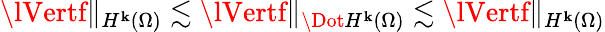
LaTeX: \lVertf\rVert_{H^{\mathbf{k}}(\Omega)}\lesssim\lVertf\rVert_{\Dot{H}^{\mathbf{k}}(\Omega)}\lesssim\lVertf\rVert_{H^{\mathbf{k}}(\Omega)}